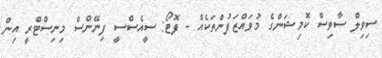
ސިވިލް ސާވިސް ކޮމިޝަންގެ މުވައްޒަފުންތަކެއް - ފޮޓޯ: ސީއެސްސީ ފިނޭންސް މިނިސްޓްރީ އިން